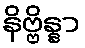
နိဗ္ဗိန္နာ